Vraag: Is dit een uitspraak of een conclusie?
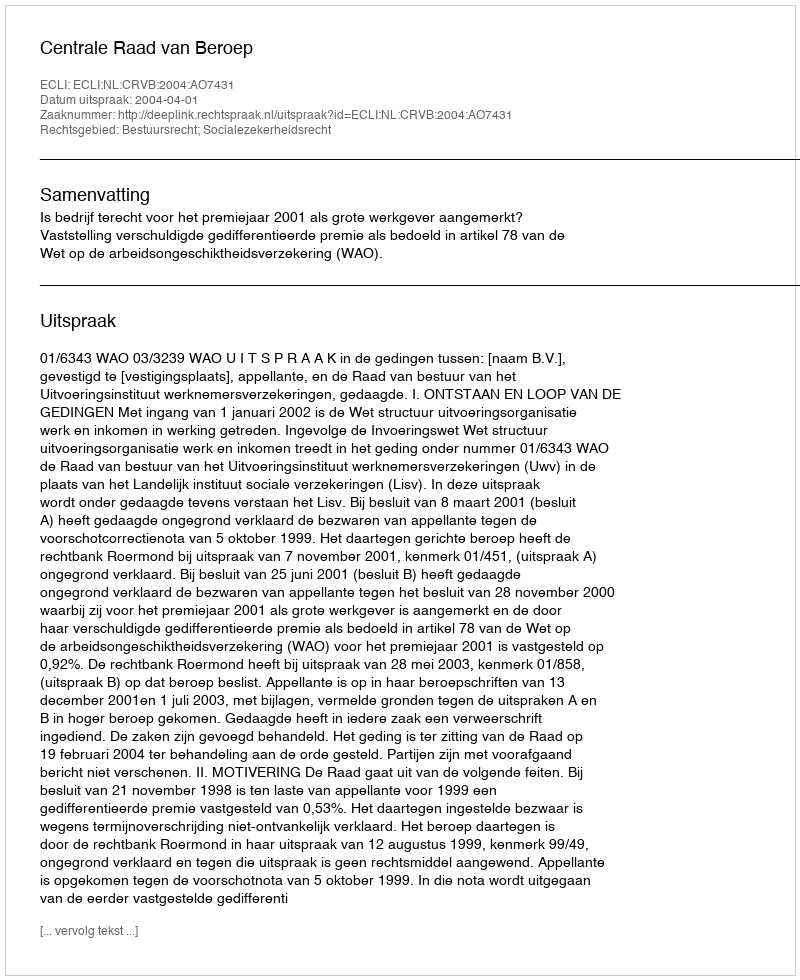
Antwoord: Uitspraak